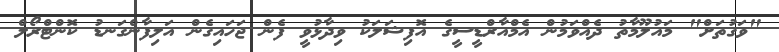
"ވަގުތަށް" މައުލޫމާތު ދެއްވަމުން އެމްއާރްޑީސީގެ އޮފިޝަލަކު ވިދާޅުވީ ފެން ޖަހައިގެން އަލިފާންގަނޑު ކޮންޓްރޯލް